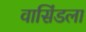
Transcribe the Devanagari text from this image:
वासिंडला